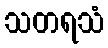
သတရသံ